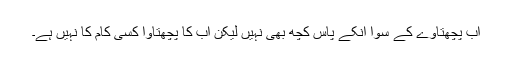
اب پچھتاوے کے سوا انکے پاس کچھ بھی نہیں لیکن اب کا پچھتاوا کسی کام کا نہیں ہے۔